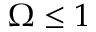
\Omega \leq 1